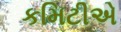
કમિટીએ